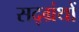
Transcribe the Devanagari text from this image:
सद्ग्रंथों